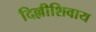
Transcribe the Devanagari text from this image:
दिल्लीशिवाय